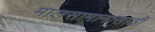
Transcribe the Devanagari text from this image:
मालसामानासाठी